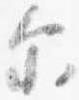
示